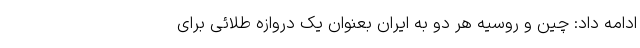
ادامه داد: چین و روسیه هر دو به ایران بعنوان یک دروازه طلائی برای